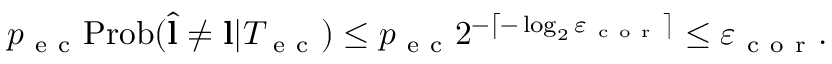
p _ { \mathrm { ~ e ~ c ~ } } \mathrm { P r o b } ( \hat { \mathbf { l } } \neq \mathbf { l } \vert T _ { \mathrm { ~ e ~ c ~ } } ) \leq p _ { \mathrm { ~ e ~ c ~ } } 2 ^ { - \left\lceil - \log _ { 2 } \varepsilon _ { \mathrm { ~ c ~ o ~ r ~ } } \right\rceil } \leq \varepsilon _ { \mathrm { ~ c ~ o ~ r ~ } } .